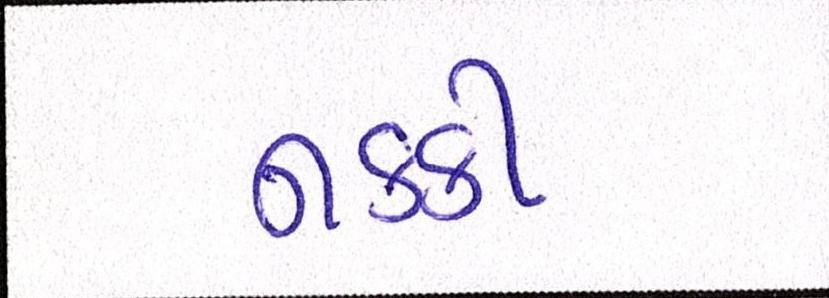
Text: નકકી